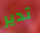
تدير